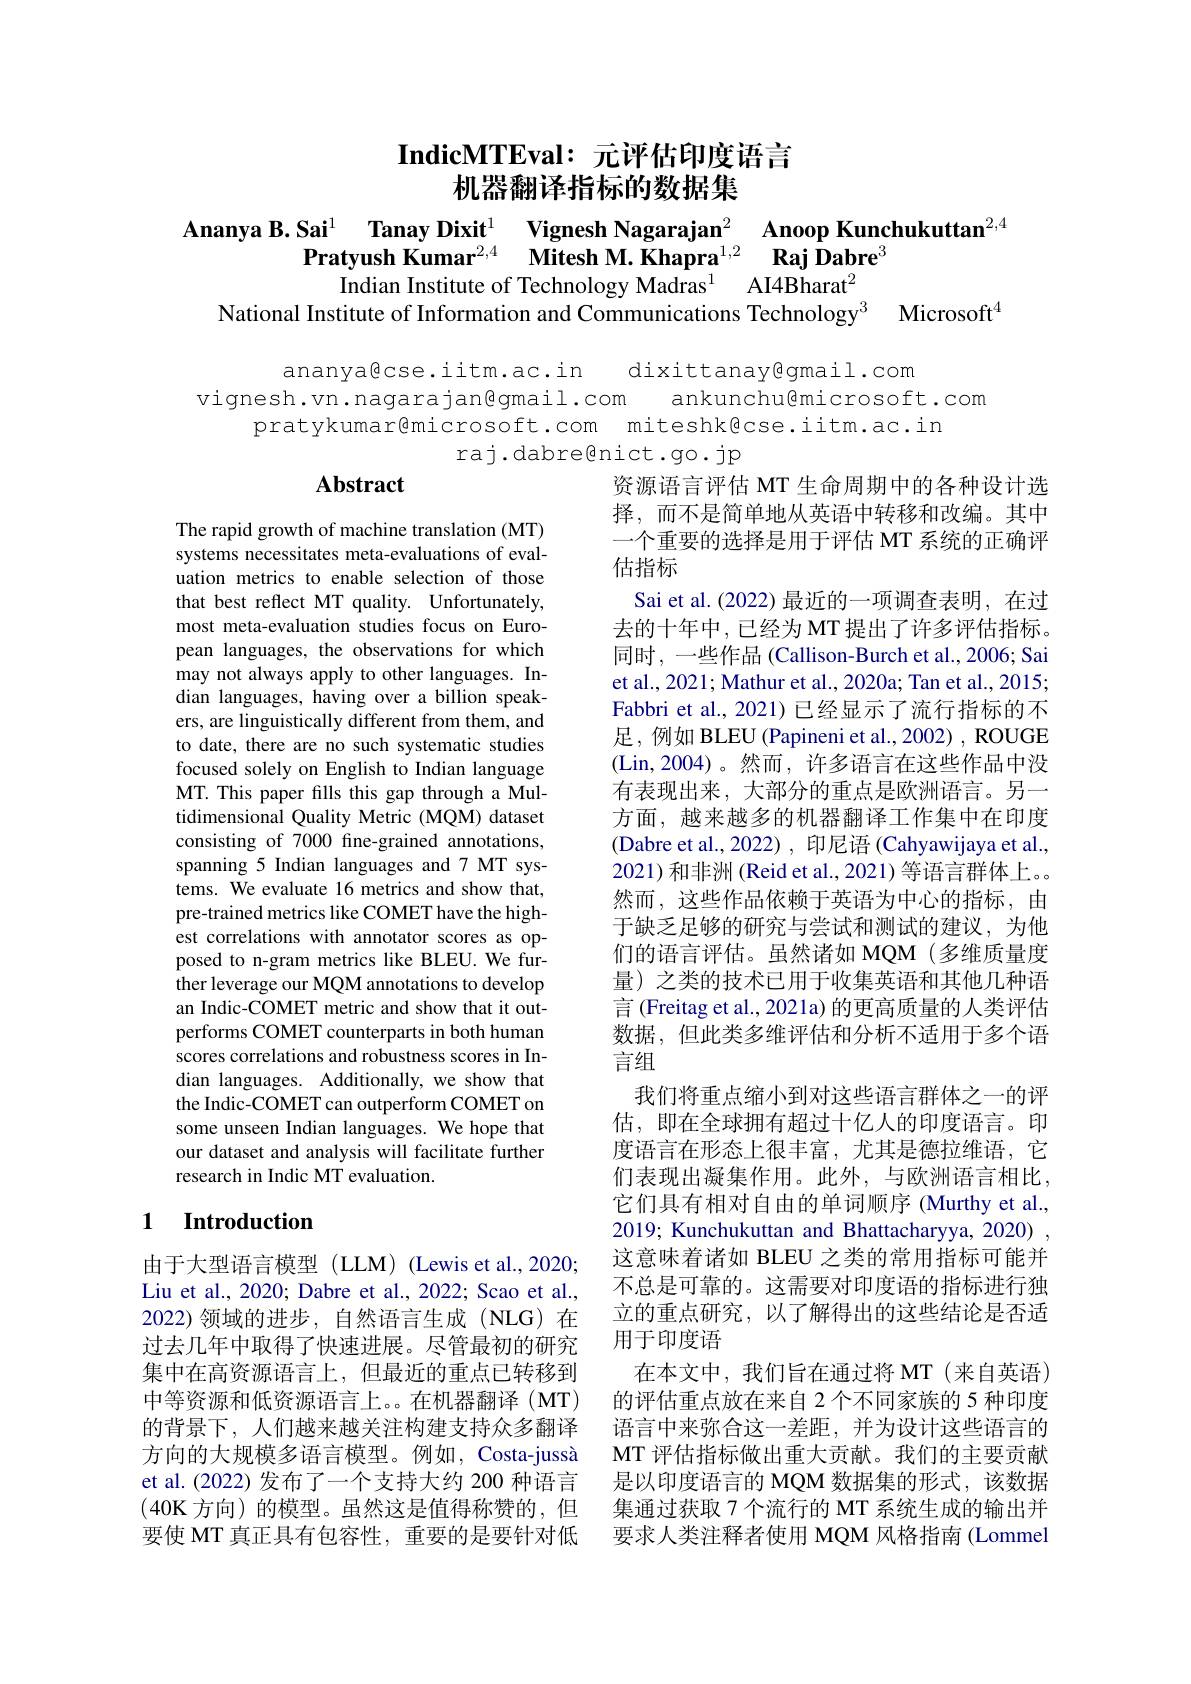
IndicMTEval: 元评估印度语言
机器翻译指标的数据集

$\begin{aligned}\textbf{Ananya B. Sai}^{1}&\text{ Tanay Dixit}^{1}&\text{Vignesh Nagarajan}^{2}&\textbf{Anoop Kunchukuttan}^{2,4}\\\textbf{Pratyush Kumar}^{2,4}&\textbf{Mitesh M. Khapra}^{1,2}&\textbf{Raj Dabre}^{3}\\&\text{Indian Institute of Technology Madras}^{1}&\text{AI4Bharat}^{2}\\\text{National Institute of Information an}\end{aligned}$

ananya@cse.iitm.ac.in dixittanav@qmail.com
viqnesh.vn.naqarajan@qmail.com ankunchu@microsoft.com
pratykumar@microsoft.com miteshk@cse.iitm.ac.in
raj.dabregnict.go.jp

### $\mathbf{Abstract}$

The rapid growth of machine translation (MT) systems necessitates meta-evaluations of evaluation metrics to enable selection of those that best reflect MT quality. Unfortunately, most meta-evaluation studies focus on European languages, the observations for which may not always apply to other languages. Indian languages, having over a billion speakers, are linguistically different from them, and to date, there are no such systematic studies focused solely on English to Indian language MT. This paper fills this gap through a Multidimensional Quality Metric (MQM) dataset consisting of 7000 fine-grained annotations, spanning 5 Indian languages and 7 MT systems. We evaluate 16 metrics and show that, pre-trained metrics like COMET have the highest correlations with annotator scores as opposed to n-gram metrics like BLEU. We further leverage our MQM annotations to develop an Indic-COMET metric and show that it outperforms COMET counterparts in both human scores correlations and robustness scores in Indian languages. Additionally, we show that the Indic-COMET can outperform COMET on some unseen Indian languages. We hope that our dataset and analysis will facilitate further research in Indic MT evaluation.

资源语言评估 MT 生命周期中的各种设计选择，而不是简单地从英语中转移和改编。其中一个重要的选择是用于评估 MT 系统的正确评估指标
Sai et al.(2022) 最近的一项调查表明，在过去的十年中，已经为 MT 提出了许多评估指标。同时，一些作品 (Callison-Burch et al., 2006; Sai et al., 2021; Mathur et al., 2020a; Tan et al., 2015; Fabbri et al., 2021) 已经显示了流行指标的不足，例如 BLEU (Papineni et al., 2002) , ROUGE (Lin,2004)。然而，许多语言在这些作品中没有表现出来，大部分的重点是欧洲语言。另一方面，越来越多的机器翻译工作集中在印度(Dabre et al., 2022) , 印尼语 (Cahyawijaya et al., 2021)和非洲(Reid et al., 2021) 等语言群体上。。然而，这些作品依赖于英语为中心的指标，由于缺乏足够的研究与尝试和测试的建议，为他们的语言评估。虽然诸如 MQM(多维质量度量) 之类的技术已用于收集英语和其他几种语言 (Freitag et al., 2021a) 的更高质量的人类评估数据，但此类多维评估和分析不适用于多个语言组
我们将重点缩小到对这些语言群体之一的评估，即在全球拥有超过十亿人的印度语言。印度语言在形态上很丰富，尤其是德拉维语，它们表现出凝集作用。此外，与欧洲语言相比， 它们具有相对自由的单词顺序 (Murthy et al., 2019; Kunchukuttan and Bhattacharyya, 2020) , 这意味着诸如 BLEU 之类的常用指标可能并不总是可靠的。这需要对印度语的指标进行独立的重点研究，以了解得出的这些结论是否适用于印度语
在本文中，我们旨在通过将 MT(来自英语) 的评估重点放在来自 2 个不同家族的 5 种印度语言中来弥合这一差距，并为设计这些语言的MT 评估指标做出重大贡献。我们的主要贡献是以印度语言的 MQM 数据集的形式，该数据集通过获取 7 个流行的 MT 系统生成的输出并要求人类注释者使用 MQM 风格指南 (Lommel

# 1 Introduction

由于大型语言模型(LLM) (Lewis et al.,2020; Liu et al., 2020; Dabre et al., 2022; Scao et al., 2022)领域的进步，自然语言生成(NLG)在过去几年中取得了快速进展。尽管最初的研究集中在高资源语言上，但最近的重点已转移到中等资源和低资源语言上。。在机器翻译(MT) 的背景下，人们越来越关注构建支持众多翻译方向的大规模多语言模型。例如，Costa-jussà et al.(2022)发布了一个支持大约 200 种语言(40K 方向)的模型。虽然这是值得称赞的，但要使 MT 真正具有包容性，重要的是要针对低